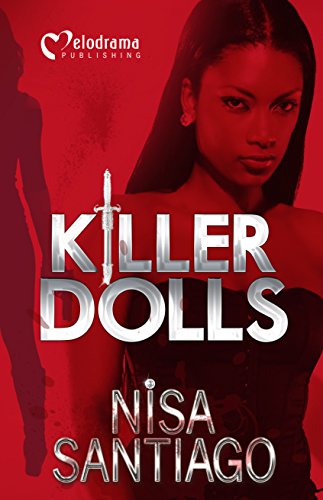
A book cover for Killer Dolls; Nisa Santiago; Literature & Fiction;